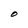
Character: O